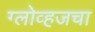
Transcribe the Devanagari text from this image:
ग्लोव्हजचा